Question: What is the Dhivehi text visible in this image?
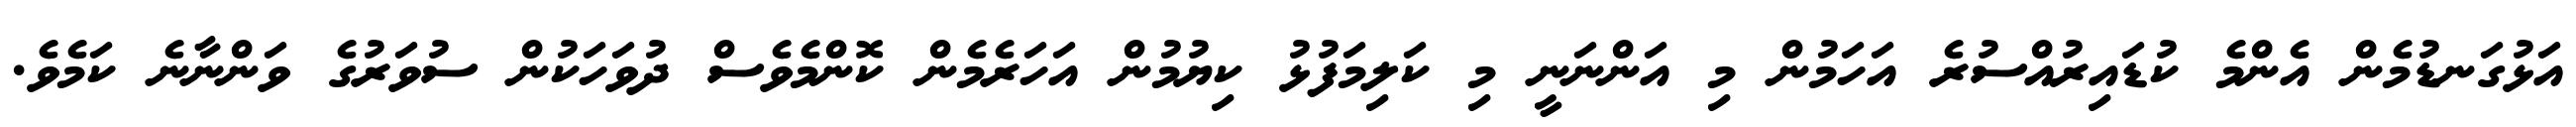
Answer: އަޅުގަނޑުމެން އެންމެ ކުޑައިރުއްސުރެ އަހަމުން މި އަންނަނީ މި ކަލިމަފުޅު ކިޔުމުން އަހަރެމެން ކޮންމެވެސް ދުވަހަކުން ސުވަރުގެ ވަންނާނެ ކަމެވެ.